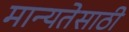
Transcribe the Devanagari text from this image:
मान्यतेसाठी